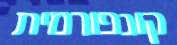
קונפורמית